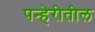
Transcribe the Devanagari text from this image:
पन्हेरीतील